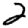
Digit: 2